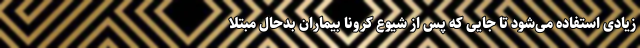
زیادی استفاده می‌شود تا جایی که پس از شیوع کرونا بیماران بدحال مبتلا